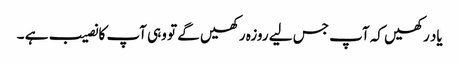
یاد رکھیں کہ آپ جس لیے روزہ رکھیں گے تو وہی آپ کا نصیب ہے ۔